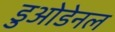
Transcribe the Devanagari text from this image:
डुओडेनल